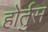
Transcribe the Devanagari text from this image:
होर्तुस